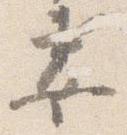
妻